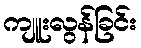
ကျူးလွန်ခြင်း